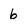
Character: 6